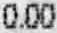
0.00